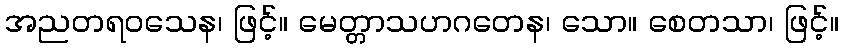
အညတရဝသေန၊ ဖြင့်။ မေတ္တာသဟဂတေန၊ သော။ စေတသာ၊ ဖြင့်။